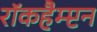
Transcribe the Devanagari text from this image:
रॉकहैम्प्टन